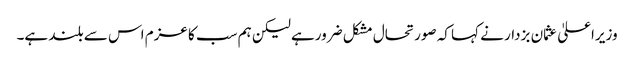
وزیراعلیٰ عثمان بزدار نے کہا کہ صورتحال مشکل ضرورہے لیکن ہم سب کا عزم اس سے بلند ہے۔